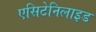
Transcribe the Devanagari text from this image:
एसिटेनिलाइड